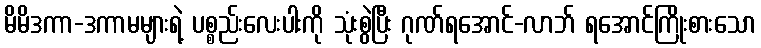
မိမိဒကာ-ဒကာမများရဲ့ ပစ္စည်းလေးပါးကို သုံးစွဲပြီး ဂုဏ်ရအောင်-လာဘ် ရအောင်ကြိုးစားသော